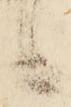
候